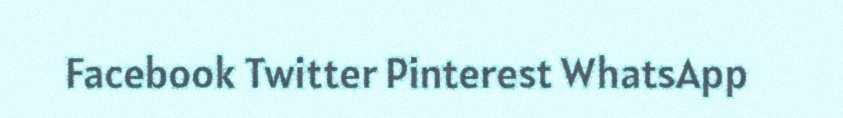
Facebook Twitter Pinterest WhatsApp